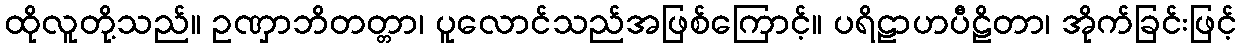
ထိုလူတို့သည်။ ဥဏှာဘိတတ္တာ၊ ပူလောင်သည်အဖြစ်ကြောင့်။ ပရိဠာဟပီဠိတာ၊ အိုက်ခြင်းဖြင့်